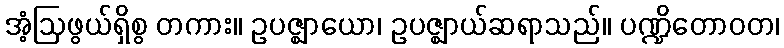
အံ့ဩဖွယ်ရှိစွ တကား။ ဥပဇ္ဈာယော၊ ဥပဇ္ဈာယ်ဆရာသည်။ ပဏ္ဍိတောဝတ၊